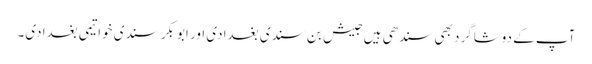
آپ کے دوشاگرد بھی سندھی ہیں جیش بن سندی بغدادی اور ابوبکر سندی خواتیمی بغدادی۔